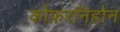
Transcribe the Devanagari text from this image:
कोफ़रनिहोन